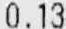
0.13